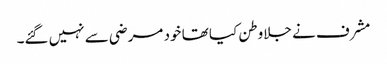
مشرف نے جلاوطن کیا تھا خود مرضی سے نہیں گئے۔